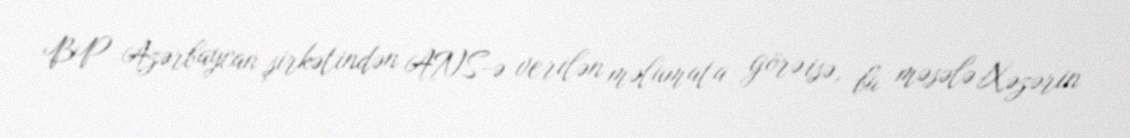
BP Azərbaycan şirkətindən ANS-ə verilən məlumata görə isə, bu məsələ Xəzərin